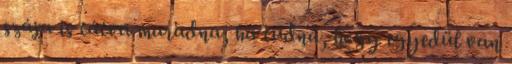
szája is tátva maradna, ha tudná, hogy egyedül van